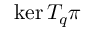
\ker T _ { q } \pi